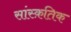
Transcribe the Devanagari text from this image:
सांस्‍क़तिक